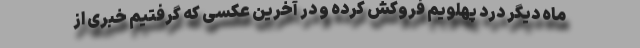
ماه دیگر درد پهلویم فروکش کرده و در آخرین عکسی که گرفتیم خبری از